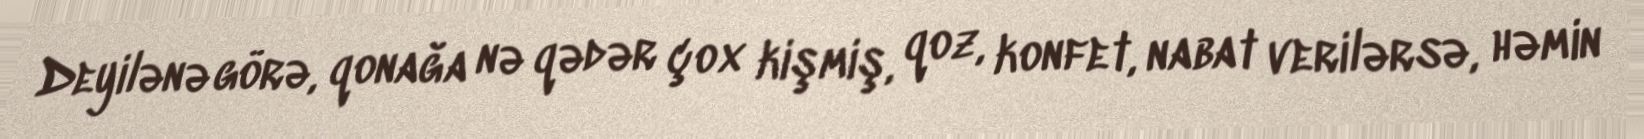
Deyilənə görə, qonağa nə qədər çox kişmiş, qoz, konfet, nabat verilərsə, həmin